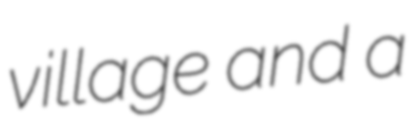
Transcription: village and a